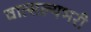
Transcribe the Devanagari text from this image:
वात्सल्यभरी